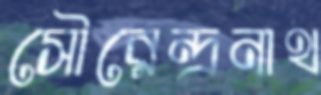
সৌরেন্দ্রনাথ